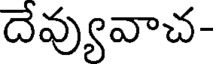
దేవ్యువాచ-